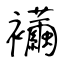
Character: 襺